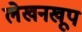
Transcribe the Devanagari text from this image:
लेखनखूप